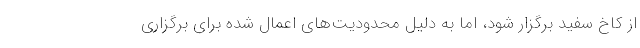
از کاخ سفید برگزار شود، اما به دلیل محدودیت‌های اعمال شده برای برگزاری